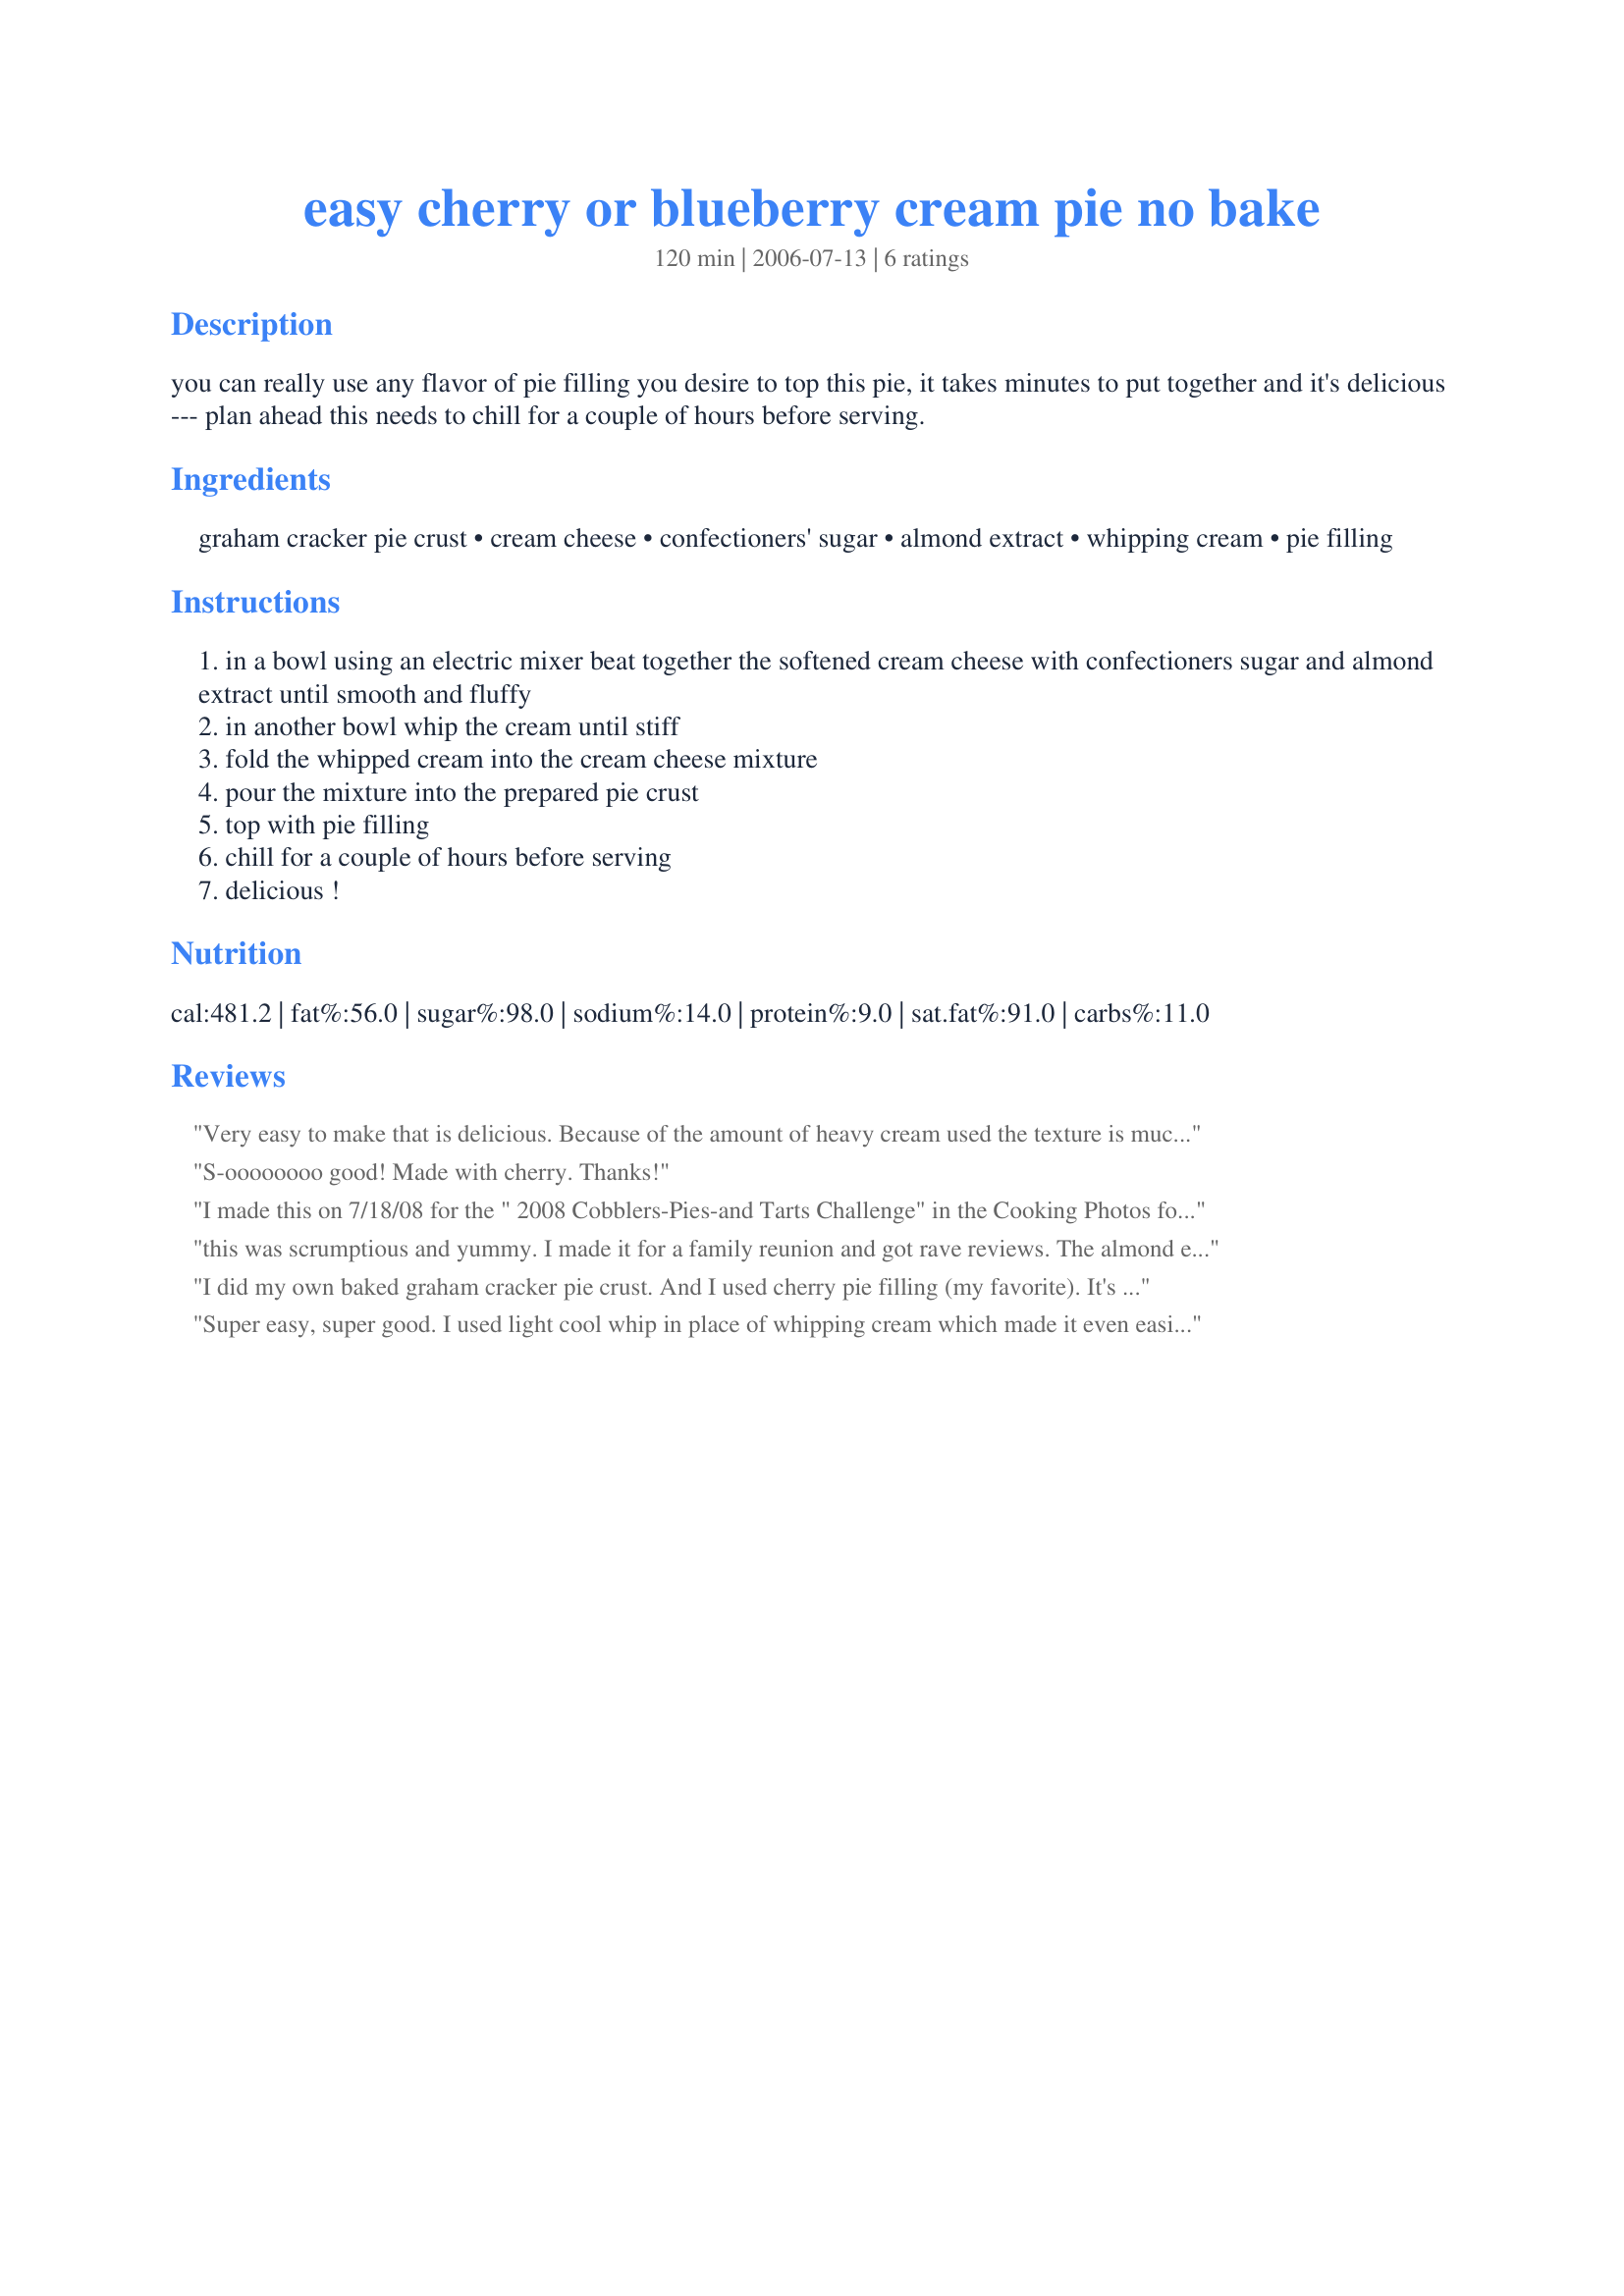
easy cherry or blueberry cream pie no bake
Preparation time: 120 minutes

you can really use any flavor of pie filling you desire to top this pie, it takes minutes to put together and it's delicious --- plan ahead this needs to chill for a couple of hours before serving.

Ingredients:
graham cracker pie crust, cream cheese, confectioners' sugar, almond extract, whipping cream, pie filling

Steps:
in a bowl using an electric mixer beat together the softened cream cheese with confectioners sugar and almond extract until smooth and fluffy
in another bowl whip the cream until stiff
fold the whipped cream into the cream cheese mixture
pour the mixture into the prepared pie crust
top with pie filling
chill for a couple of hours before serving
delicious !

Reviews:
Very easy to make that is delicious. Because of the amount of heavy cream used the texture is much lighter than a regular cheesecake. Really good, thank you for the recipe.
S-oooooooo good! Made with cherry. Thanks!
I made this on 7/18/08 for the " 2008 Cobblers-Pies-and Tarts Challenge" in the Cooking Photos forum. And I'm also pleased to be the first one to rate and review this recipe.The almond extract seemed to add that little "something extra" to put this over the top.I really enjoyed the taste and the texture of this delightfully creamy pie.If your looking for something that will be simple to make and yet special enough to serve guests,look no further this is it.This will be made again. Thank you for posting and, 
Keep Smiling :)"
this was scrumptious and yummy. I made it for a family reunion and got rave reviews. The almond extract really makes the flavor. thanks again.
I did my own baked graham cracker pie crust. And I used cherry pie filling (my favorite). It's delicious. Thanks Kit. Made for 123 hit wonders.
Super easy, super good. I used light cool whip in place of whipping cream which made it even easier and used 1/3 less fat cream cheese to make it less fattening. I might leave off the almond extract next time. To me, it was a little overpowering. THANKS!
